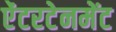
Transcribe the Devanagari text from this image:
ऐंटरटेनमेंट